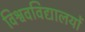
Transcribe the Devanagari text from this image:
विश्ववविद्यालयों